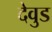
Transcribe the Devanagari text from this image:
देवुड